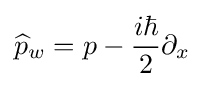
{\widehat {p}}_{w}=p-{\frac {i\hbar }{2}}\partial _{x}